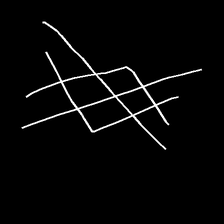
Glyph: crystal